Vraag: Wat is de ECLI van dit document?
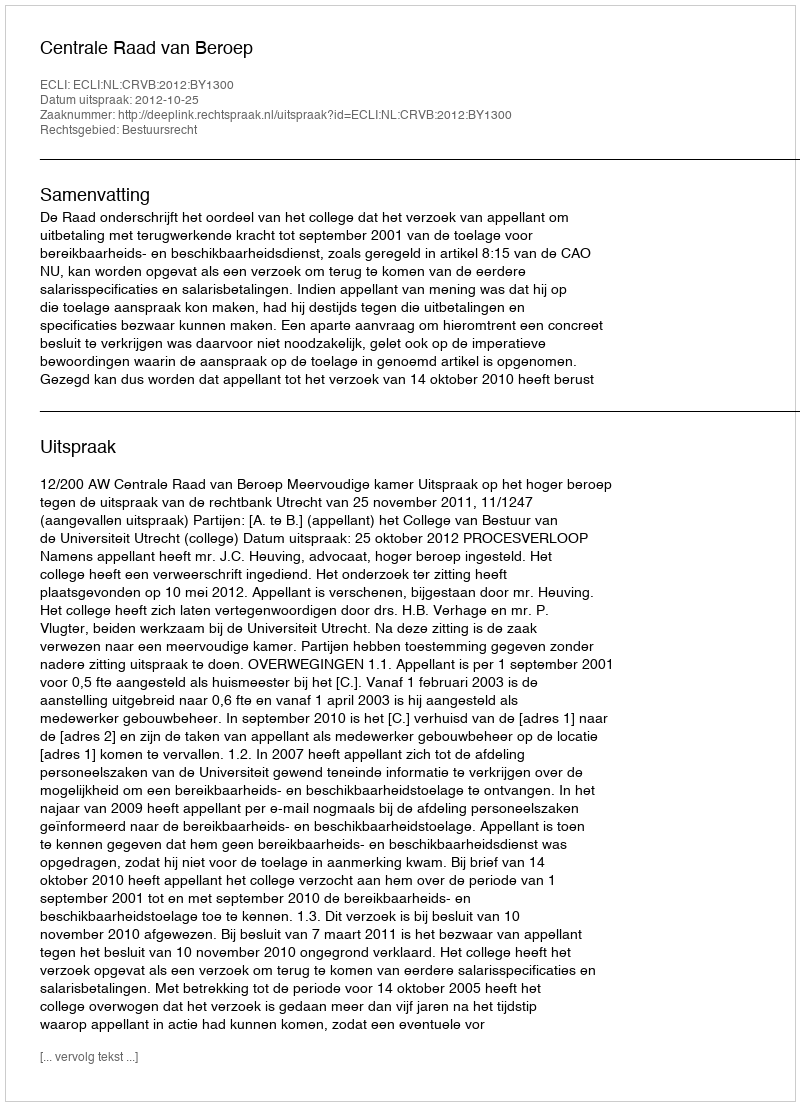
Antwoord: ECLI:NL:CRVB:2012:BY1300